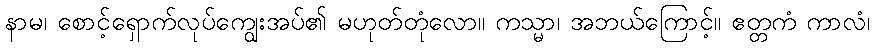
နာမ၊ စောင့်ရှောက်လုပ်ကျွေးအပ်၏ မဟုတ်တုံလော။ ကသ္မာ၊ အဘယ်ကြောင့်။ ဧတ္တကံ ကာလံ၊